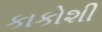
કાકોશી